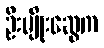
ဦးမျိုးဆွေက